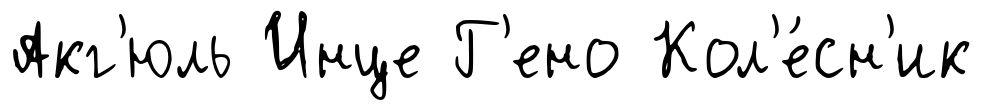
Акг'юль Инце Г'ено Кол'е́сн'ик